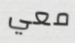
معي